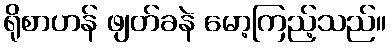
ရိုစာဟန် ဖျတ်ခနဲ မော့ကြည့်သည်။